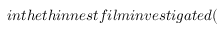
i n t h e t h i n n e s t f i l m i n v e s t i g a t e d (